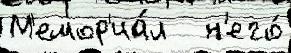
М'емор'иа́л   н'его́